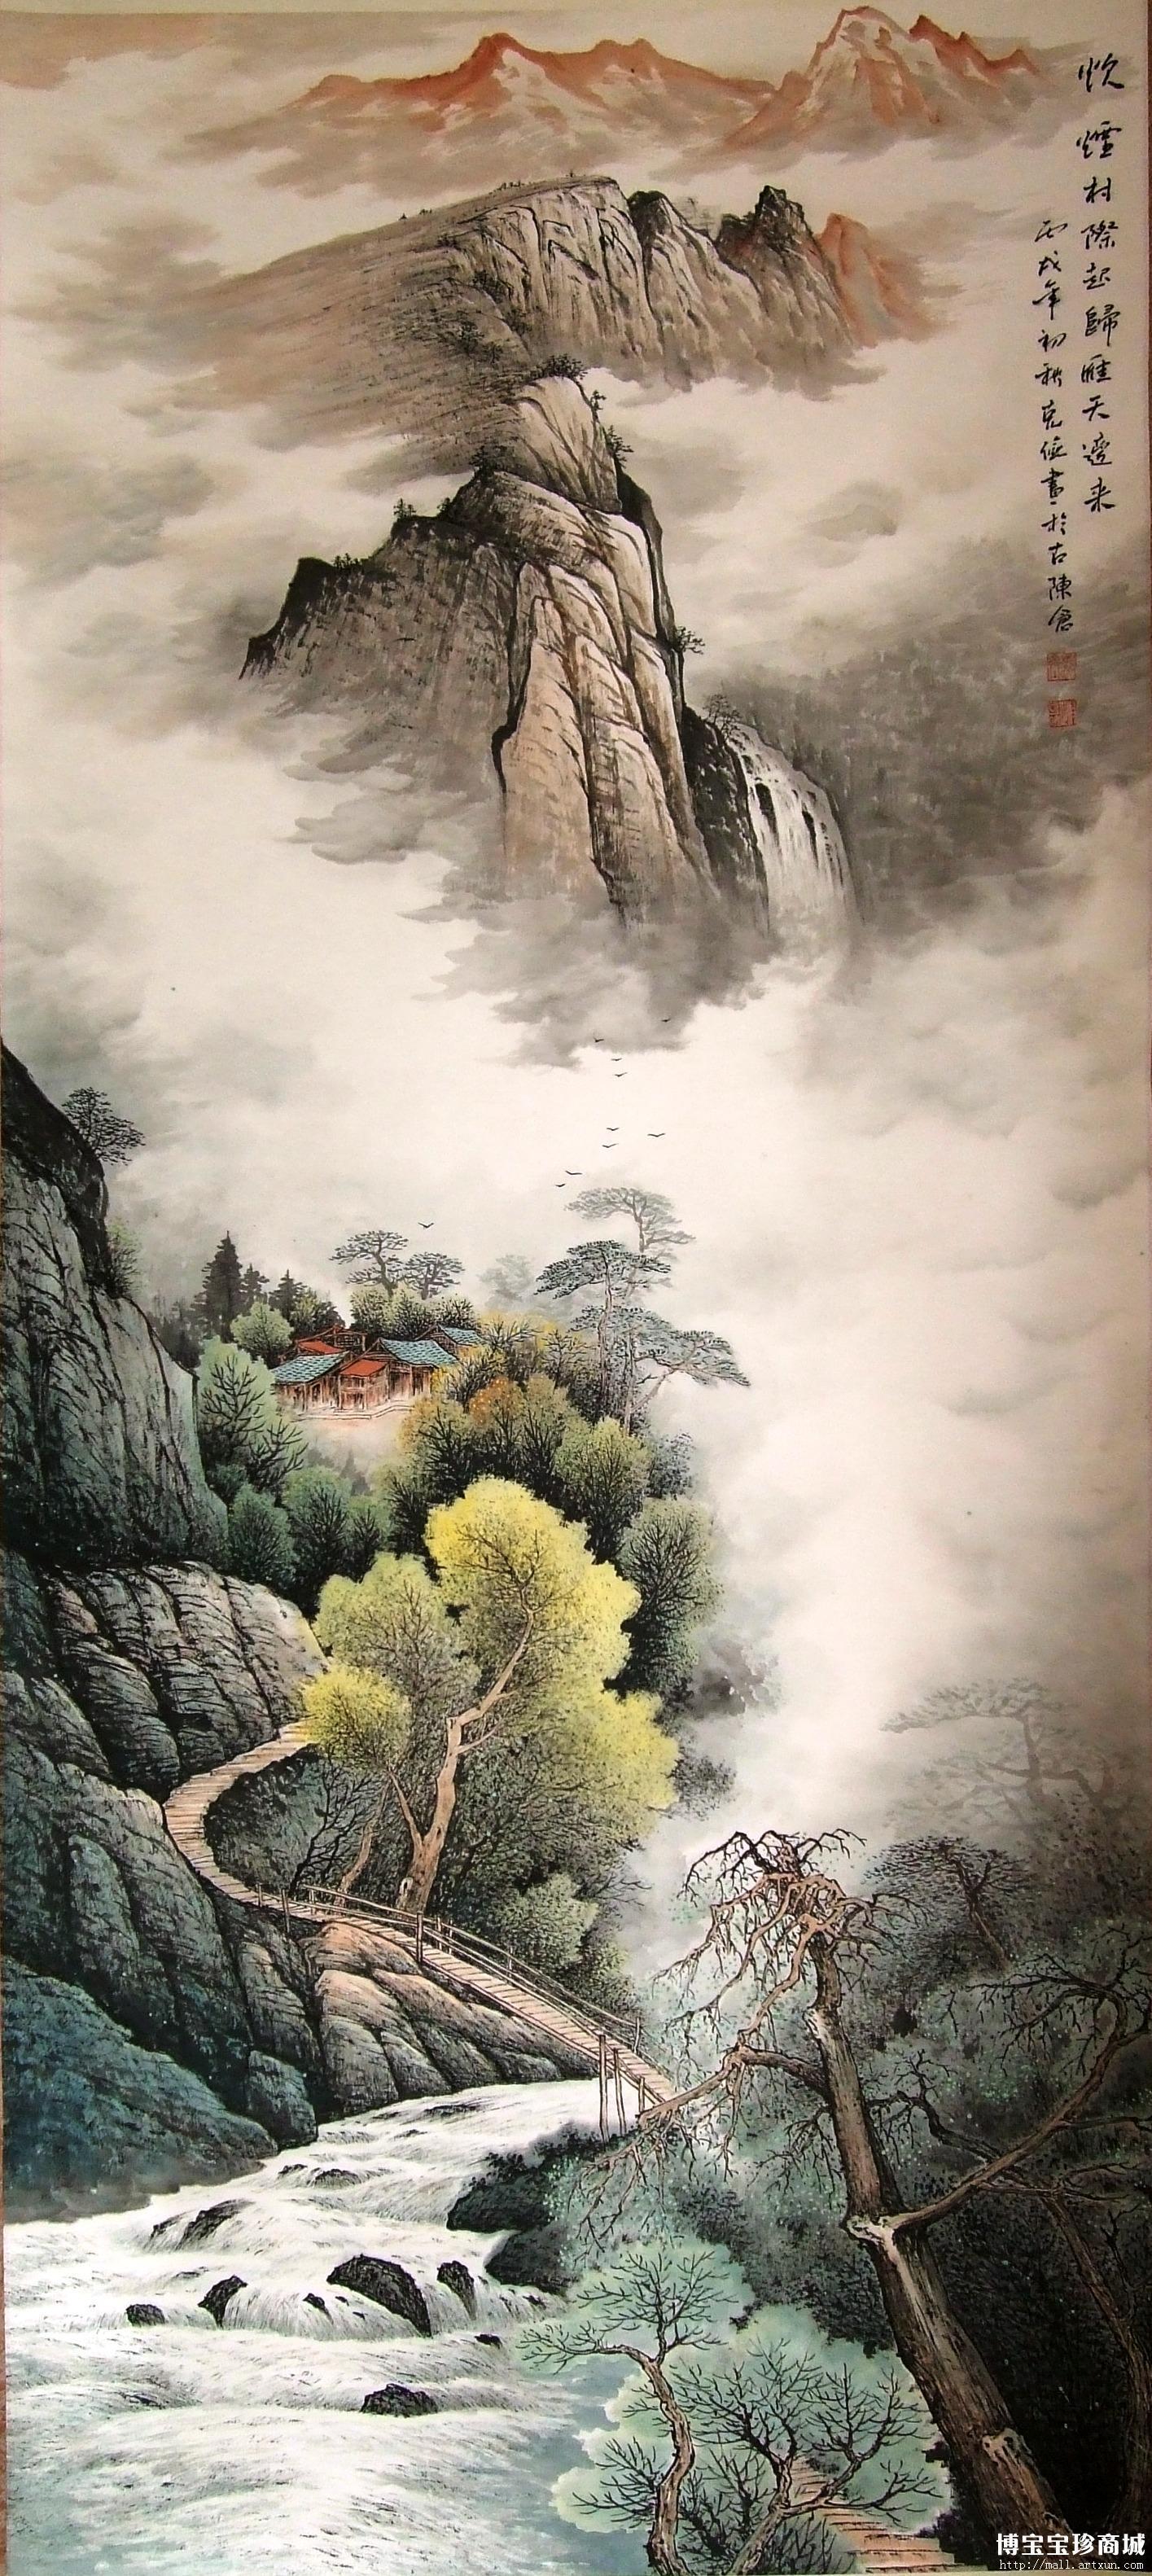
孤烟村际起，归雁天边去。